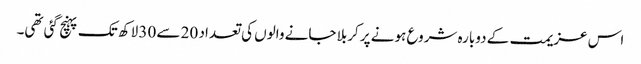
اس عزیمت کے دوبارہ شروع ہونے پر کربلا جانے والوں کی تعداد 20 سے 30 لاکھ تک پہنچ گئی تھی۔